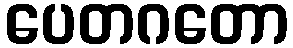
ပေတဂတော